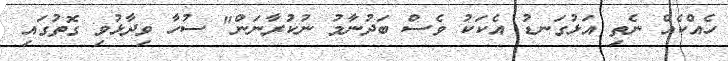
ހެއްކެއް ނެތި އަޅުގަނޑު އެކަކު ވެސް ބަދުނާމު ނުކުރާނަން" ސުހާ ވިދާޅުވި ގޮތުގައި